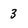
Character: 3